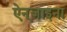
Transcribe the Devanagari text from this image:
ऐन्‌जाइना